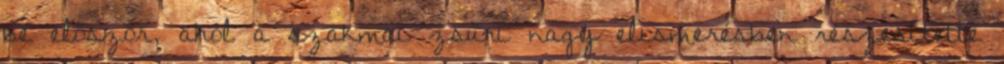
be először, ahol a szakmai zsűri nagy elismerésben részesítette